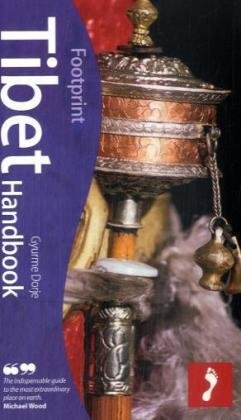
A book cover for Tibet: Tread Your Own Path (Footprint Tibet Handbook); Gyurme Dorje; Travel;